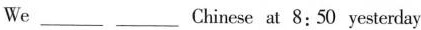
We _____Chinese at 8:50 yesterday